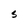
Character: S